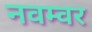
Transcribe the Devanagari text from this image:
नवम्‍वर